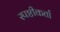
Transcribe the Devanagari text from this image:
स्पष्टीकर्ता